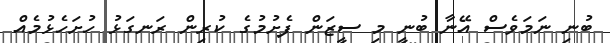
ބުނި ނަމަވެސް އޭނާ ބުނީ މި ސީޒަން ފެށުމުގެ ކުރިން ރަނގަޅު ހުށަހެޅުމެއް